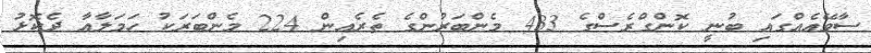
ސާވޭއެއްގައި ބުނީ ކޮންގްރެސްގެ 433 މެންބަރުންގެ ތެރެއިން 224 މެންބަރަކު ހަމަލާއާ ދެކޮޅު